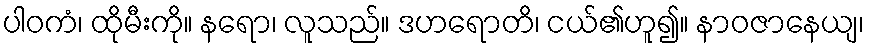
ပါဝကံ၊ ထိုမီးကို။ နရော၊ လူသည်။ ဒဟရောတိ၊ ငယ်၏ဟူ၍။ နာဝဇာနေယျ၊